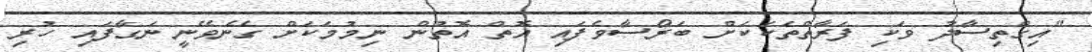
"އިގްތިސާދު ވަކި ފަރާތްތަކަކަށް ބަރޯސާވެފައި އޮތް އޮތުން ނިމުމަކަށް ގެނެވޭނީ ނަގާފައި ހުރި